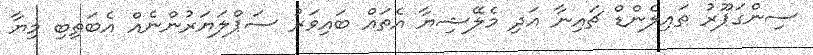
ސިންގަޕޫރު ތައިލެންޑް ޗައިނާ އަދި މެލޭޝިޔާ އެތައް ބައިވަރު ސަޕްލަޔަރުންނެއް އެބަތިބި މިޔާ